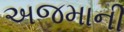
અજમાની